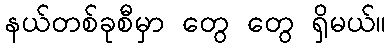
နယ်တစ်ခုစီမှာ တွေ တွေ ရှိမယ်။